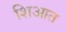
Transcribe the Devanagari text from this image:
शिआत